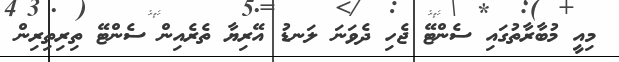
މިއީ މުބާރާތުގައި ސެންޓޭ ޖެހި ދެވަނަ ލަނޑު އޭރިޔާ ތެރެއިން ސެންޓޭ ތިރިތިރިން